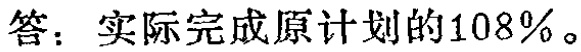
答：实际完成原计划的108%。